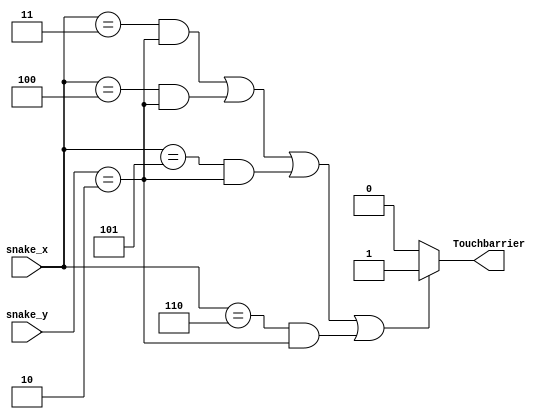
module TouchBarrier(Touchbarrier, snake_x, snake_y);
output reg Touchbarrier;
input [3:0] snake_x, snake_y;
always @(*)
begin
    if((snake_x == 4'd3 && snake_y == 4'd2) || (snake_x == 4'd4 && snake_y == 4'd2) || (snake_x == 4'd5 && snake_y == 4'd2) || (snake_x == 4'd6 && snake_y == 4'd2))
        Touchbarrier = 1;
    else
        Touchbarrier = 0;
end
endmodule